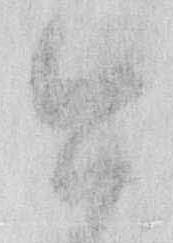
今